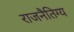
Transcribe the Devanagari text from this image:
राजनैतिग्य